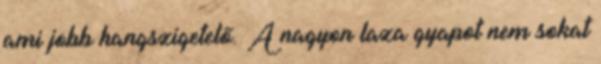
ami jobb hangszigetelő. A nagyon laza gyapot nem sokat